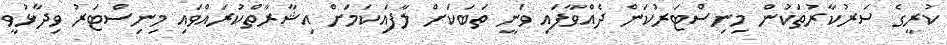
ކުރީގެ ސަރުކާރުތަކުން މިނިސްޓަރުކަން ދެއްވާފައި ވަނީ ތަބަކަށް ލާފައިކަމަށް އިޝާރާތްކުރައްވައި މިނިސްޓަރު ވިދާޅުވީ